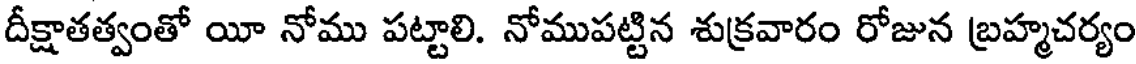
దీక్షాతత్వంతో యీ నోము పట్టాలి. నోముపట్టిన శుక్రవారం రోజున బ్రహ్మచర్యం